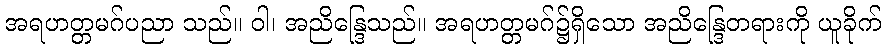
အရဟတ္တမဂ်ပညာ သည်။ ဝါ၊ အညိန္ဒြေသည်။ အရဟတ္တမဂ်၌ရှိသော အညိန္ဒြေတရားကို ယူခိုက်